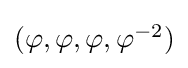
\textstyle (\varphi ,\varphi ,\varphi ,\varphi ^{-2})